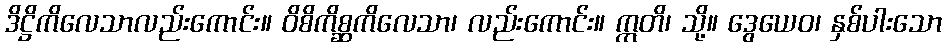
ဒိဋ္ဌိကိလေသာလည်းကောင်း။ ဝိစိကိစ္ဆကိလေသာ၊ လည်းကောင်း။ ဣတိ၊ သို့။ ဒွေယေဝ၊ နှစ်ပါးသော